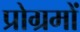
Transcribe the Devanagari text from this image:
प्रोग्रमों